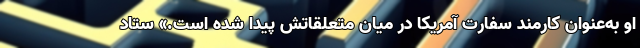
او به‌عنوان کارمند سفارت آمریکا در میان متعلقاتش پیدا شده است.» ستاد